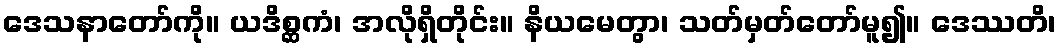
ဒေသနာတော်ကို။ ယဒိစ္ဆကံ၊ အလိုရှိတိုင်း။ နိယမေတွာ၊ သတ်မှတ်တော်မူ၍။ ဒေဿတိ၊